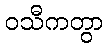
ဝသီကတွာ